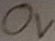
Text: 0V